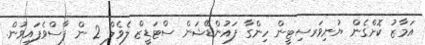
އަމާޒު ކޮށްގެން ޔުނިވަރސިޓީން ހިންގާ ފައުންޑޭޝަން ސްޓަޑީޒް ލެވެލް 2 ން ފާސްވެފައިވުން.